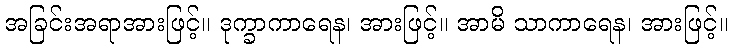
အခြင်းအရာအားဖြင့်။ ဒုက္ခာကာရေန၊ အားဖြင့်။ အာမိ သာကာရေန၊ အားဖြင့်။